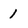
Character: 1